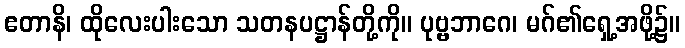
ဧတာနိ၊ ထိုလေးပါးသော သတနပဋ္ဌာန်တို့ကို။ ပုဗ္ဗဘာဂေ၊ မဂ်၏ရှေ့အဖို့၌။